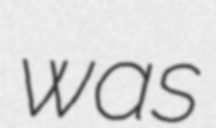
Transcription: was